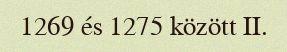
1269 és 1275 között II.